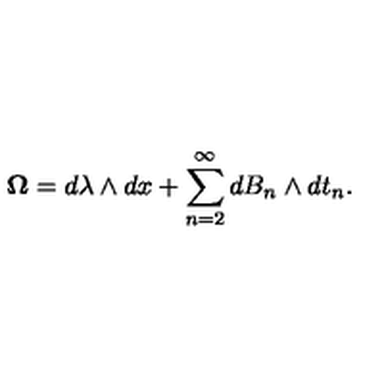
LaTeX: { \bf \Omega } = d \lambda \wedge d x + \sum _ { n = 2 } ^ { \infty } d B _ { n } \wedge d t _ { n } .